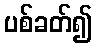
ပစ်ခတ်၍